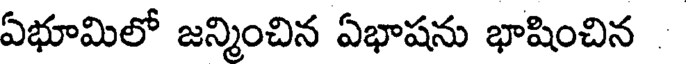
ఏభూమిలో జన్మించిన ఏభాషను భాషించిన